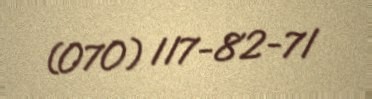
(070) 117-82-71